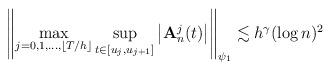
LaTeX: \begin{align*}\left\|\max_{j=0,1,\dots,\lfloor T/h\rfloor}\sup_{t\in[u_j,u_{j+1}]}\left|\mathbf{A}^j_n(t)\right|\right\|_{\psi_1}\lesssim h^\gamma(\log n)^2\end{align*}